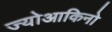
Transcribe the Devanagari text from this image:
ज्योआकिनो